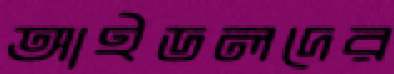
আইডলদের